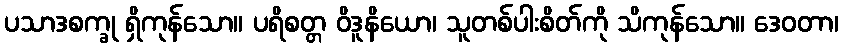
ပသာဒစက္ခု ရှိကုန်သော။ ပရိစတ္တ ဝိဒူနိယော၊ သူတစ်ပါးစိတ်ကို သိကုန်သော။ ဒေဝတာ၊